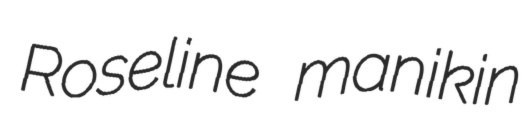
Roseline manikin